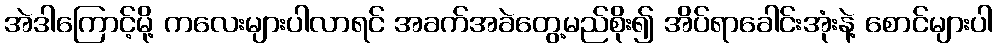
အဲဒါကြောင့်မို့ ကလေးများပါလာရင် အခက်အခဲတွေ့မည်စိုး၍ အိပ်ရာခေါင်းအုံးနဲ့ စောင်များပါ